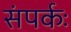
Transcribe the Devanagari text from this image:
संपर्कः